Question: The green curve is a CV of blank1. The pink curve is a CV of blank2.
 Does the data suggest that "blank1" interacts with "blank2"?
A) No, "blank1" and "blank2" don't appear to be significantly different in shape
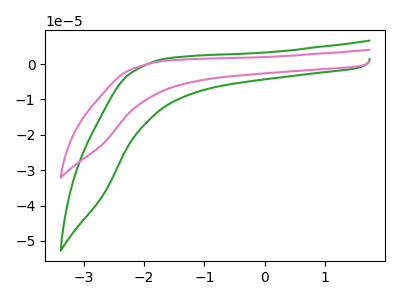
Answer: <think>The green curve "blank1" has no peaks. The pink curve "blank2" has no peaks.
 Neither "blank1" or "blank2" have any peaks.</think>
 <answer>A) No, "blank1" and "blank2" don't appear to be significantly different in shape</answer>
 <eval>A</eval>